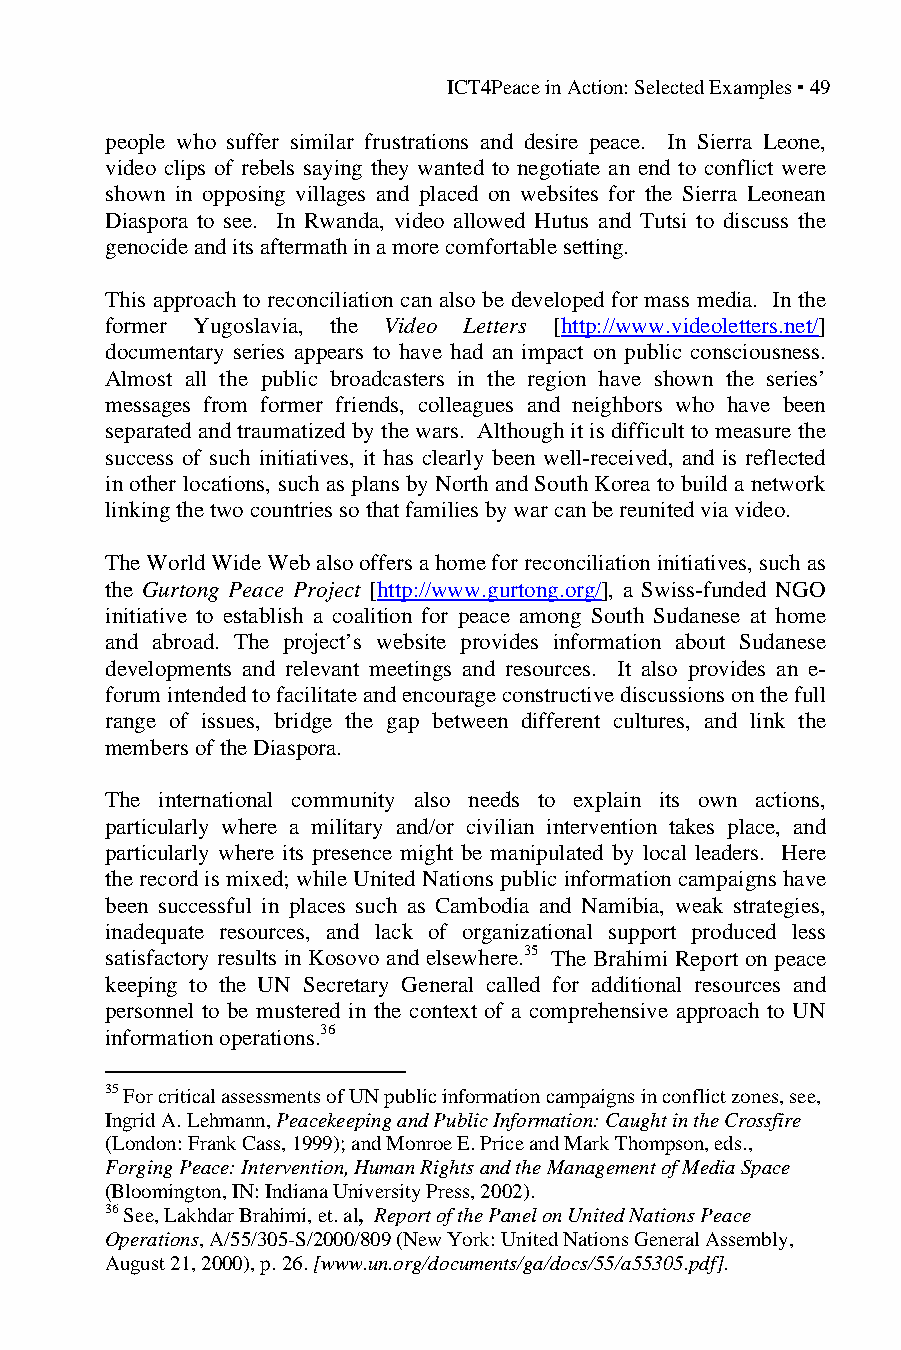
ICT4Peace in Action: Selected Examples ▪ 49
 people who suffer similar frustrations and desire peace. In Sierra Leone,
 video clips of rebels saying they wanted to negotiate an end to conflict were
 shown in opposing villages and placed on websites for the Sierra Leonean
 Diaspora to see. In Rwanda, video allowed Hutus and Tutsi to discuss the
 genocide and its aftermath in a more comfortable setting.
 This approach to reconciliation can also be developed for mass media. In the
 former Yugoslavia, the Video Letters [http://www.videoletters.net/]
 documentary series appears to have had an impact on public consciousness.
 Almost all the public broadcasters in the region have shown the series’
 messages from former friends, colleagues and neighbors who have been
 separated and traumatized by the wars. Although it is difficult to measure the
 success of such initiatives, it has clearly been well-received, and is reflected
 in other locations, such as plans by North and South Korea to build a network
 linking the two countries so that families by war can be reunited via video.
 The World Wide Web also offers a home for reconciliation initiatives, such as
 the Gurtong Peace Project [http://www.gurtong.org/], a Swiss-funded NGO
 initiative to establish a coalition for peace among South Sudanese at home
 and abroad. The project’s website provides information about Sudanese
 developments and relevant meetings and resources. It also provides an e-
 forum intended to facilitate and encourage constructive discussions on the full
 range of issues, bridge the gap between different cultures, and link the
 members of the Diaspora.
 The international community also needs to explain its own actions,
 particularly where a military and/or civilian intervention takes place, and
 particularly where its presence might be manipulated by local leaders. Here
 the record is mixed; while United Nations public information campaigns have
 been successful in places such as Cambodia and Namibia, weak strategies,
 inadequate resources, and lack of organizational support produced less
 satisfactory results in Kosovo and elsewhere.35 The Brahimi Report on peace
 keeping to the UN Secretary General called for additional resources and
 personnel to be mustered in the context of a comprehensive approach to UN
 information operations.36
 35 For critical assessments of UN public information campaigns in conflict zones, see,
 Ingrid A. Lehmann, Peacekeeping and Public Information: Caught in the Crossfire
 (London: Frank Cass, 1999); and Monroe E. Price and Mark Thompson, eds.,
 Forging Peace: Intervention, Human Rights and the Management of Media Space
 (Bloomington, IN: Indiana University Press, 2002).
 36 See, Lakhdar Brahimi, et. al, Report of the Panel on United Nations Peace
 Operations, A/55/305-S/2000/809 (New York: United Nations General Assembly,
 August 21, 2000), p. 26. [www.un.org/documents/ga/docs/55/a55305.pdf].